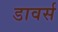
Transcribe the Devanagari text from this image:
डावर्स